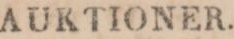
AUKTIONER.